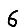
Digit: 6